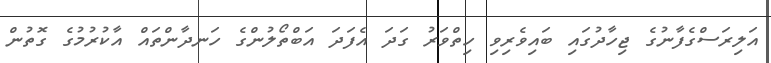
އަލިރަސްގެފާނުގެ ޖިހާދުގައި ބައިވެރިވި ހިތްވަރު ގަދަ އެފަދަ އަބްތޯލުންގެ ހަނދާންތައް އާކުރުމުގެ ގޮތުން